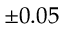
\pm 0 . 0 5